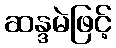
ဆန္ဒမဲဖြင့်